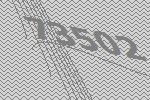
73502